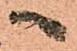
へ